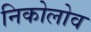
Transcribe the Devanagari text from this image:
निकोलोव